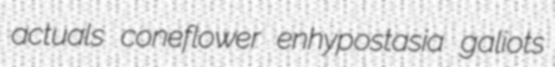
actuals coneflower enhypostasia galiots